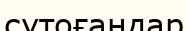
сутоғаңдар